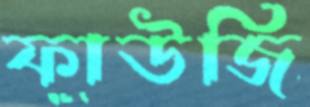
ফাউজি